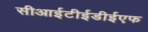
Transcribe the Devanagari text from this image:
सीआईटीईडीईएफ